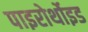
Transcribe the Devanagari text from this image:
पाइरोर्थोइड